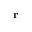
\bf { r }